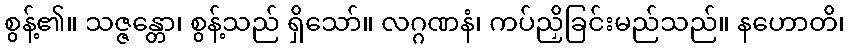
စွန့်၏။ သဇ္ဇန္တော၊ စွန့်သည် ရှိသော်။ လဂ္ဂဏနံ၊ ကပ်ညှိခြင်းမည်သည်။ နဟောတိ၊